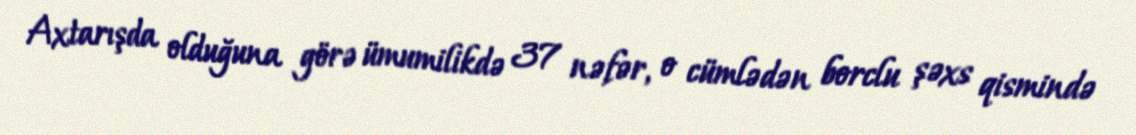
Axtarışda olduğuna görə ümumilikdə 37 nəfər, o cümlədən borclu şəxs qismində